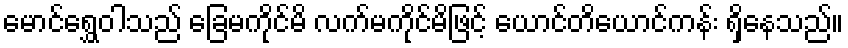
မောင်ရွှေဝါသည် ခြေမကိုင်မိ လက်မကိုင်မိဖြင့် ယောင်တိယောင်ကန်း ရှိနေသည်။